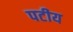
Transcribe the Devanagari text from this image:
पटीय